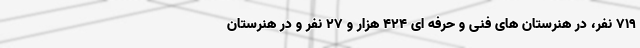
۷۱۹ نفر، در هنرستان های فنی و حرفه ای ۴۲۴ هزار و ۲۷ نفر و در هنرستان